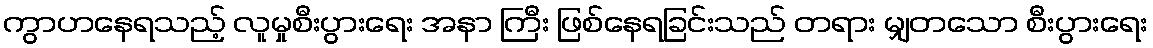
ကွာဟနေရသည့် လူမှုစီးပွားရေး အနာ ကြီး ဖြစ်နေရခြင်းသည် တရား မျှတသော စီးပွားရေး